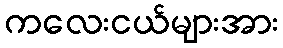
ကလေးငယ်များအား